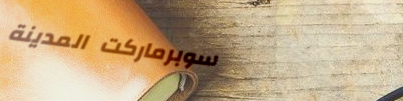
سوبرماركت المدينة